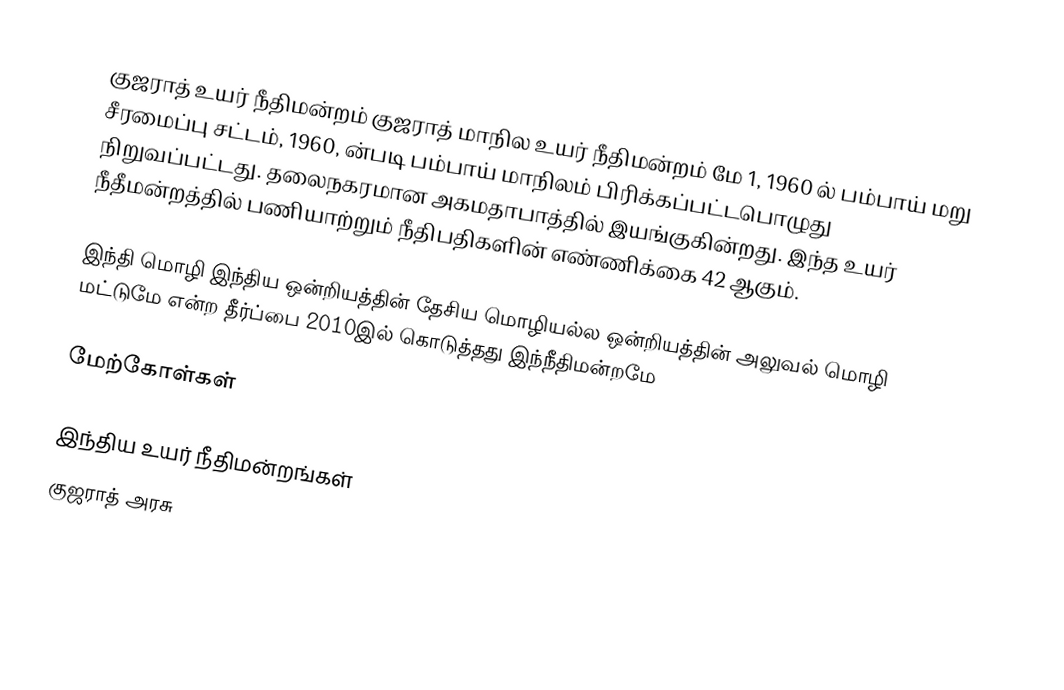
குஜராத் உயர் நீதிமன்றம் குஜராத் மாநில உயர் நீதிமன்றம்  மே 1, 1960 ல் பம்பாய் மறு சீரமைப்பு சட்டம், 1960, ன்படி பம்பாய் மாநிலம் பிரிக்கப்பட்டபொழுது நிறுவப்பட்டது. தலைநகரமான அகமதாபாத்தில் இயங்குகின்றது. இந்த உயர் நீதீமன்றத்தில் பணியாற்றும் நீதிபதிகளின் எண்ணிக்கை 42 ஆகும்.

இந்தி மொழி இந்திய ஒன்றியத்தின் தேசிய மொழியல்ல ஒன்றியத்தின் அலுவல் மொழி மட்டுமே என்ற தீர்ப்பை 2010இல் கொடுத்தது இந்நீதிமன்றமே

மேற்கோள்கள்

இந்திய உயர் நீதிமன்றங்கள்
குஜராத் அரசு